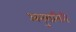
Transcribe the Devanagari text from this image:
अनुरासिरी